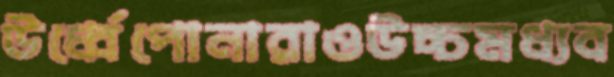
উর্ধ্বেপোনারাওউচ্চমধ্যব